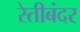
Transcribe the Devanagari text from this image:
रेतीबंदर